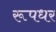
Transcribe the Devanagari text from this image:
रूपधर